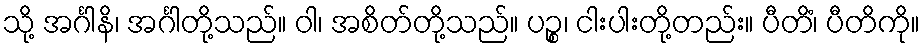
သို့ အင်္ဂါနိ၊ အင်္ဂါတို့သည်။ ဝါ၊ အစိတ်တို့သည်။ ပဉ္စ၊ ငါးပါးတို့တည်း။ ပီတိံ၊ ပီတိကို။